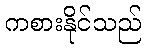
ကစားနိုင်သည်